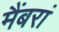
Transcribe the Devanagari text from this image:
मैंबरां